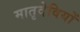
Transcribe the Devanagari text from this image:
मातृदेवियों